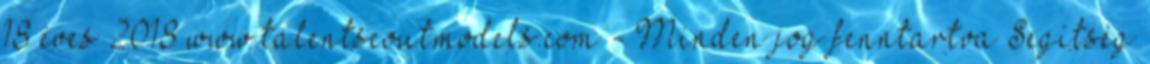
18 éves 2018 www.talentscoutmodels.com - Minden jog fenntartva Segítség